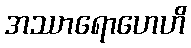
အဿာရောဟေဟိ